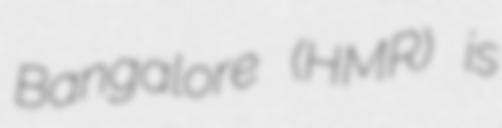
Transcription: Bangalore (HMR) is